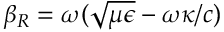
\beta _ { \/ R } = \omega ( \sqrt { \mu \epsilon } - \omega \kappa / c )